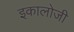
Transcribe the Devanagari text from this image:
इकालोजी